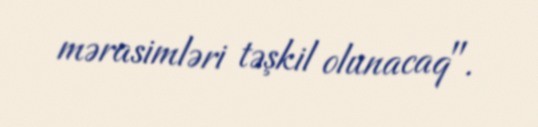
mərasimləri təşkil olunacaq".